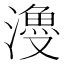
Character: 𣿡